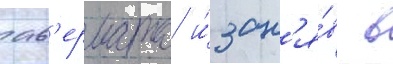
ав'ермата и́ зан'я́в в